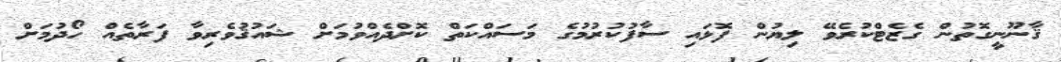
ޤާނޫނީގޮތުން ގެޒެޓްކުރެވޭ ލިޔުން ފޮޅައި ސާފުކުރުމުގެ މަސައްކަތް ކޮށްދެއްވުމަށް ޝައުޤުވެރިވާ ފަރާތެއް ހޯދުމަށް